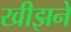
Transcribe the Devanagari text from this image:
खीझने